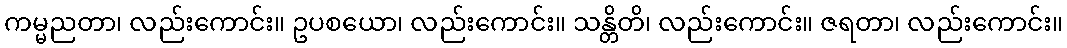
ကမ္မညတာ၊ လည်းကောင်း။ ဥပစယော၊ လည်းကောင်း။ သန္တိတိ၊ လည်းကောင်း။ ဇရတာ၊ လည်းကောင်း။